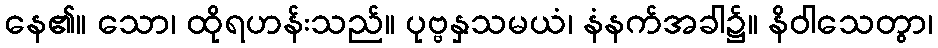
နေ၏။ သော၊ ထိုရဟန်းသည်။ ပုဗ္ဗနှသမယံ၊ နံနက်အခါ၌။ နိဝါသေတွာ၊